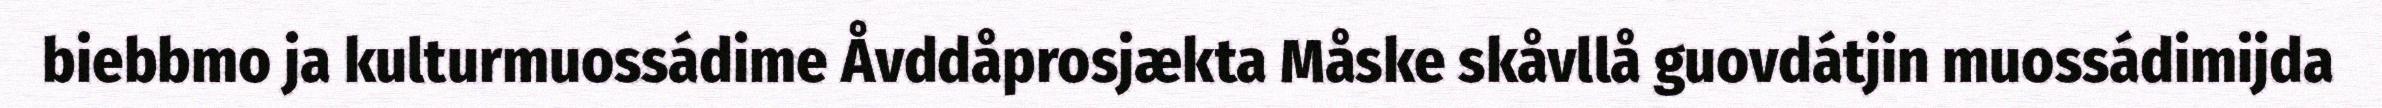
biebbmo ja kulturmuossádime Åvddåprosjækta Måske skåvllå guovdátjin muossádimijda